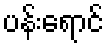
ပန်းရောင်